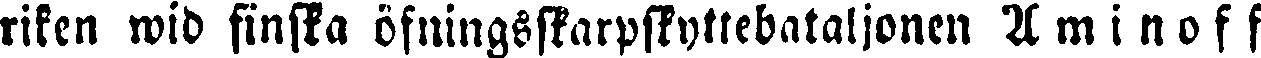
riken wid finska öfningsskarpskyttebataljonen Aminoff